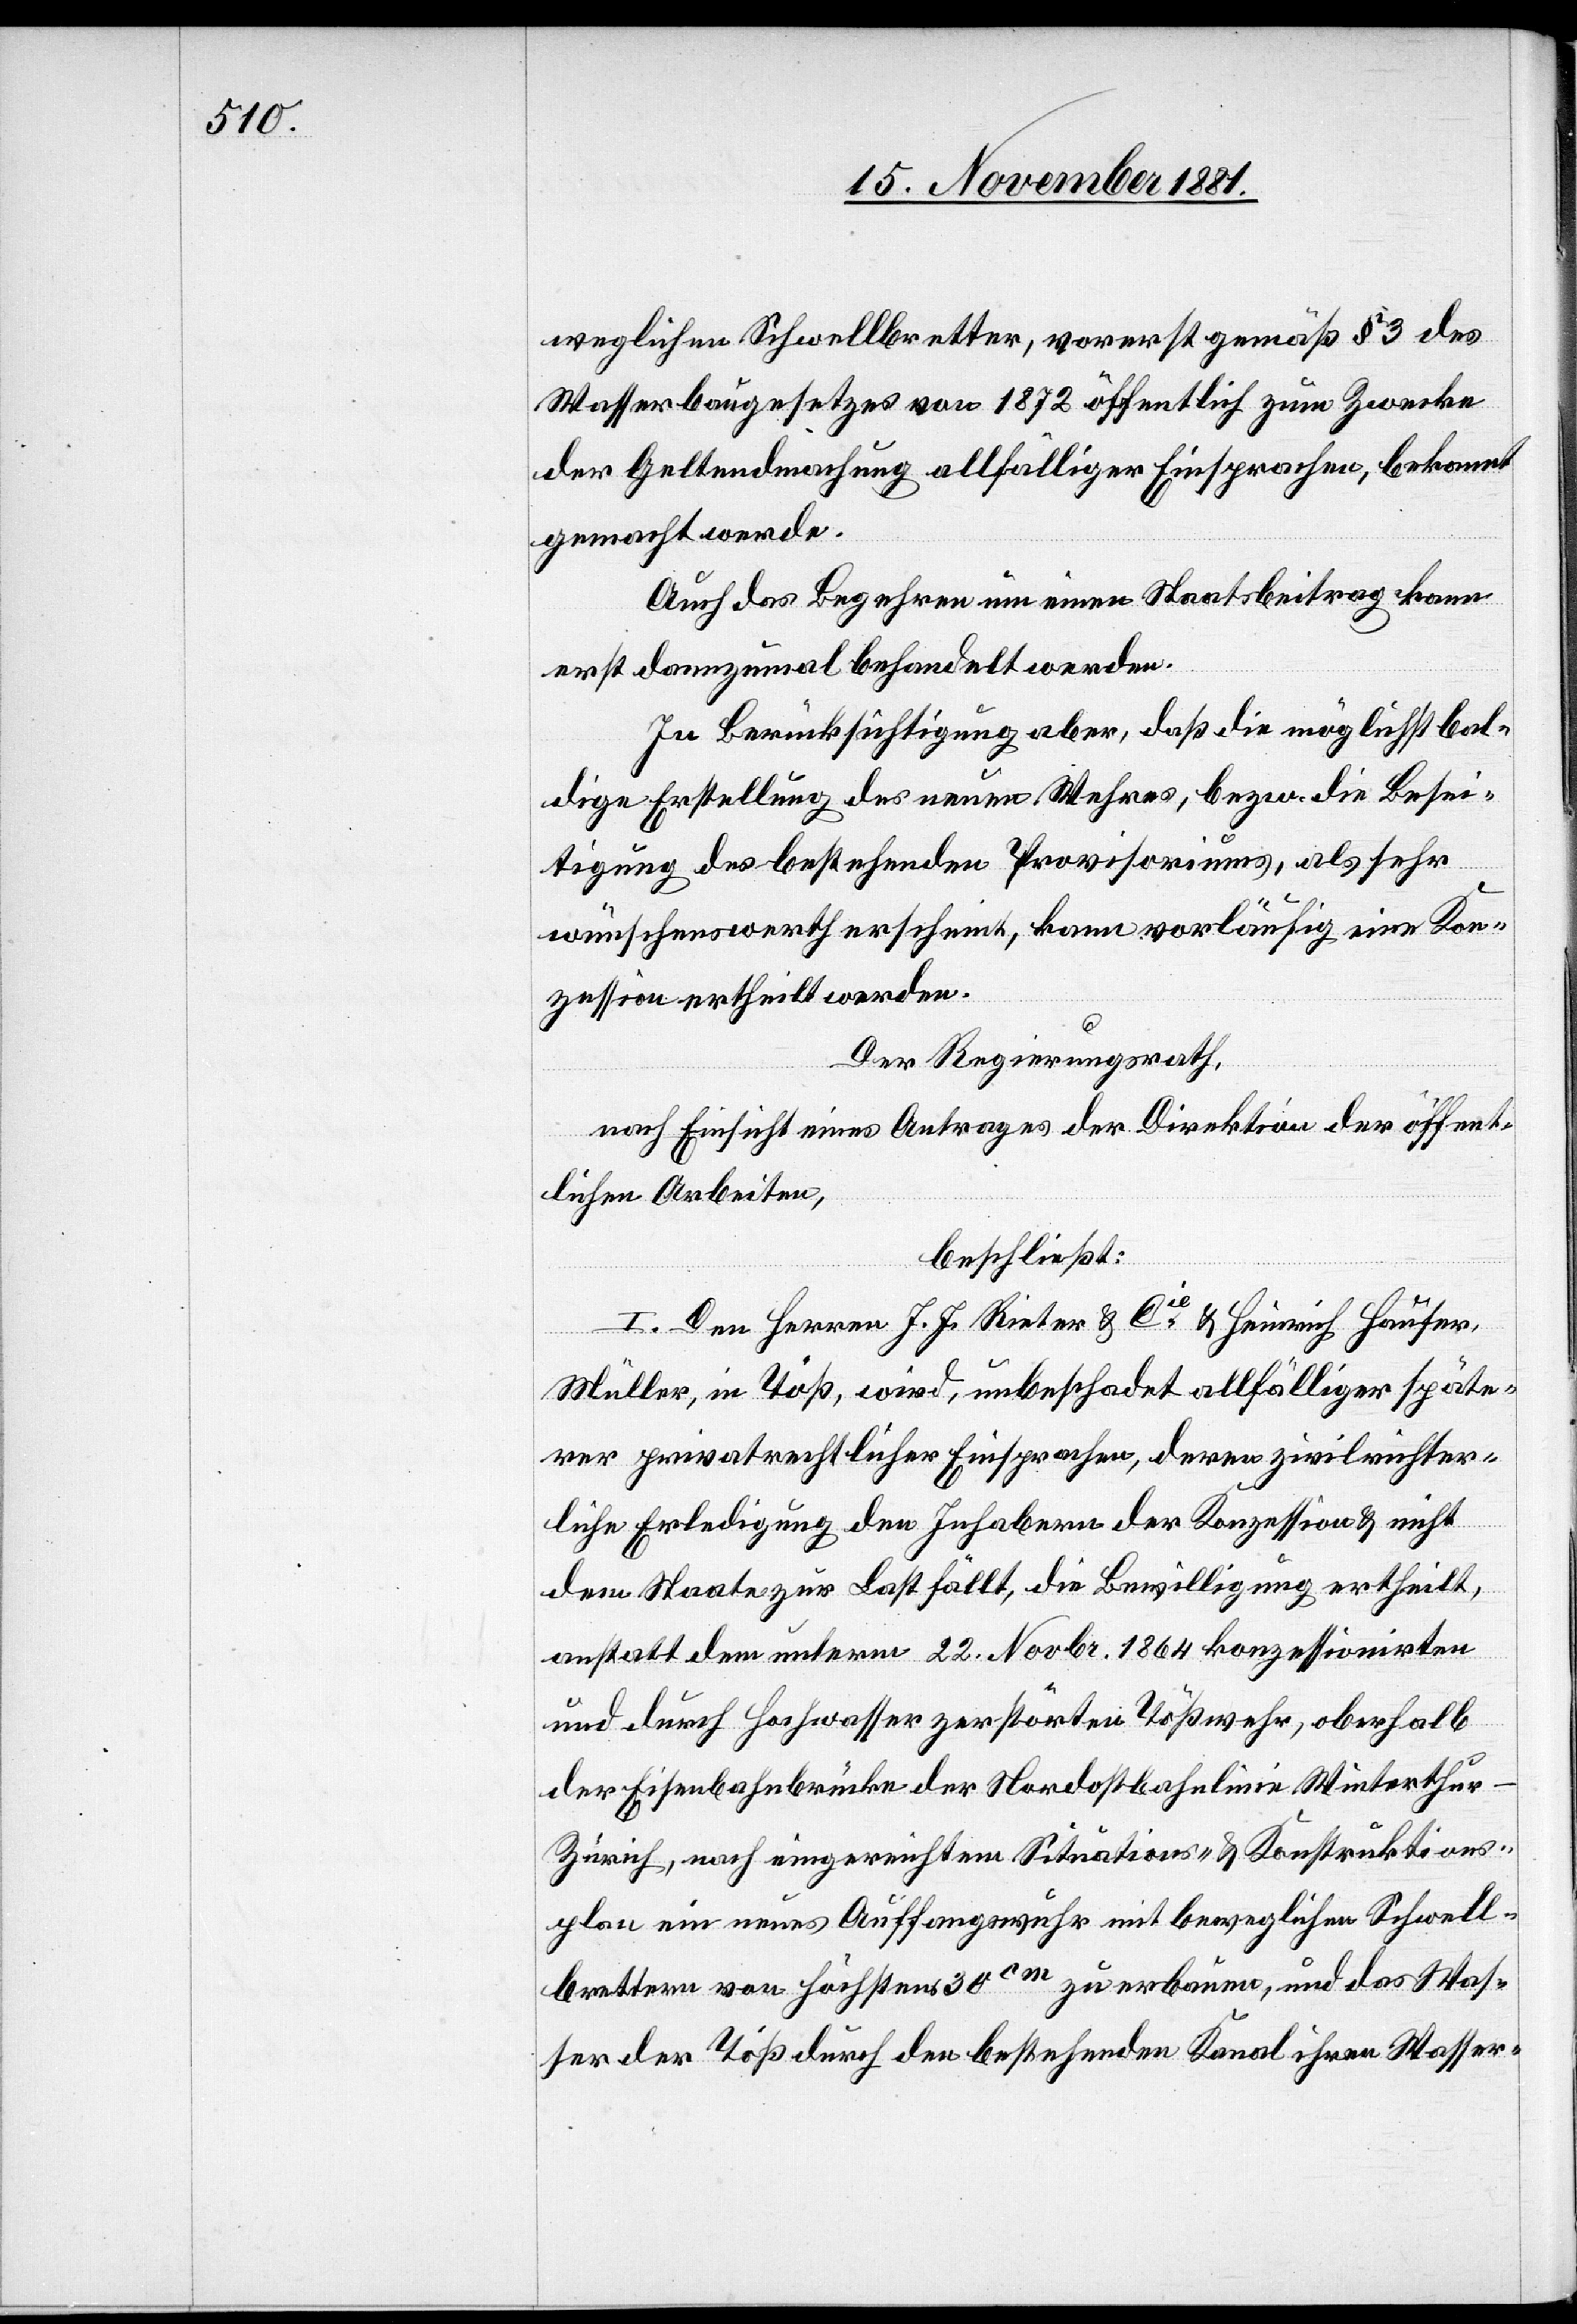
weglichen Schwellbretter, vorerst gemäß § 3 des
Wasserbaugesetzes von 1872 öffentlich zum Zwecke
der Geltendmachung allfälliger Einsprachen, bekannt
gemacht werde.
Auch das Begehren um einen Staatsbeitrag kann
erst dannzumal behandelt werden.
In Berücksichtigung aber, daß die möglichst bal¬
dige Erstellung des neuen Wehres, bezw. die Besei¬
tigung des bestehenden Provisoriums, als sehr
wünschenswerth erscheint, kann vorläufig eine Kon¬
zession ertheilt werden.
Der Regierungsrath,
nach Einsicht eines Antrages der Direktion der öffent¬
lichen Arbeiten,
beschließt:
I. Den Herren J. J. Rieter & Cie & Heinrich Hauser,
Müller, in Töß, wird, unbeschadet allfälliger späte¬
rer privatrechtlicher Einsprachen, deren zivilrichter¬
liche Erledigung den Inhabern der Konzession & nicht
dem Staate zur Last fällt, die Bewilligung ertheilt,
anstatt dem unterm 22. Novbr. 1864 konzessionirten
und durch Hochwasser zerstörten Tößwehr, oberhalb
der Eisenbahnbrücke der Nordostbahnlinie Winterthu¬
r–Zürich, nach eingereichtem Situations- & Konstruktions¬
plan ein neues Auffangswuhr mit beweglichen Schwell¬
brettern von höchstens 30cm zu erbauen, und das Was¬
ser der Töß durch den bestehenden Kanal ihren Wasser-